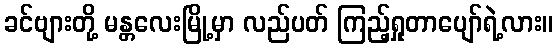
ခင်ဗျားတို့ မန္တလေးမြို့မှာ လည်ပတ် ကြည့်ရှုတာပျော်ရဲ့လား။